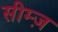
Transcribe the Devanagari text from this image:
सीम्ज़